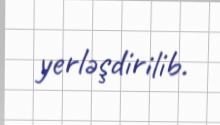
yerləşdirilib.